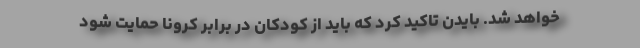
خواهد شد. بایدن تاکید کرد که باید از کودکان در برابر کرونا حمایت شود